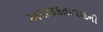
અરાજકતાવાદની